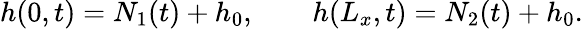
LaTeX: h(0,t)=N_{1}(t)+h_{0},\qquad h(L_{x},t)=N_{2}(t)+h_{0}.